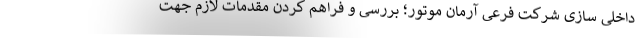
داخلی سازی شرکت فرعی آرمان موتور؛ بررسی و فراهم کردن مقدمات لازم جهت